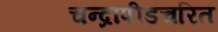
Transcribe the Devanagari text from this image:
चन्द्रापीडचरित